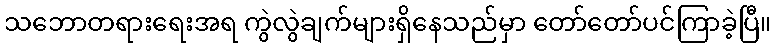
သဘောတရားရေးအရ ကွဲလွဲချက်များရှိနေသည်မှာ တော်တော်ပင်ကြာခဲ့ပြီ။